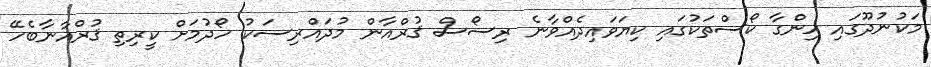
މަކުނުދޫގައި ހިންގާ ކޯސްތަކުގައި ކިޔަވައިދެއްވާނެ ރިސޯސް ޤުރްއާން މުދައްރިސަކު ހޯދުމަށް ކީރިތި ޤުރްއާނާބެހޭ